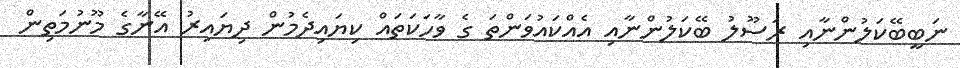
ނަބީބޭކަލުންނާއި ރަސޫލު ބޭކަލުންނާއި އެއްކައުވަންތަ ގެ ވާހަކަތައް ކިޔައިދެމުން ދިޔައިރު އޭނާގެ މޫނުމަތިން